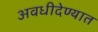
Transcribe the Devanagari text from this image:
अवधीदेण्यात